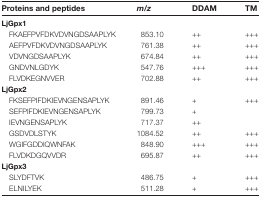
| Proteins and peptides | m/z | DDAM | TM |
 | --- | --- | --- | --- |
 | LjGpx1 |  |  |  |
 | FKAEFPVFDKVDVNGDSAAPLYK | 853.10 | ++ | +++ |
 | AEFPVFDKVDVNGDSAAPLYK | 761.38 | ++ | +++ |
 | VDVNGDSAAPLYK | 674.84 | ++ | +++ |
 | GNDVNLGDYK | 547.76 | +++ | +++ |
 | FLVDKEGNVVER | 702.88 | ++ | +++ |
 | LjGpx2 |  |  |  |
 | FKSEFPIFDKIEVNGENSAPLYK | 891.46 | + | +++ |
 | SEFPIFDKIEVNGENSAPLYK | 799.73 | + |  |
 | IEVNGENSAPLYK | 717.37 | ++ |  |
 | GSDVDLSTYK | 1084.52 | ++ | +++ |
 | WGIFGDDIQWNFAK | 848.90 | +++ | +++ |
 | FLVDKDGQVVDR | 695.87 | ++ | +++ |
 | LjGpx3 |  |  |  |
 | SLYDFTVK | 486.75 | + | +++ |
 | ELNILYEK | 511.28 | + | +++ |